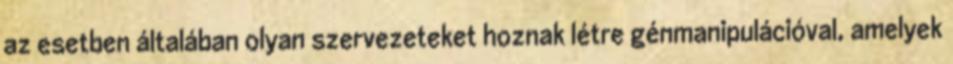
az esetben általában olyan szervezeteket hoznak létre génmanipulációval, amelyek